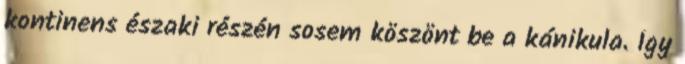
kontinens északi részén sosem köszönt be a kánikula. Így